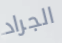
الجراد